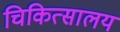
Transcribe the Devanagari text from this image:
चिकित्‍सालय